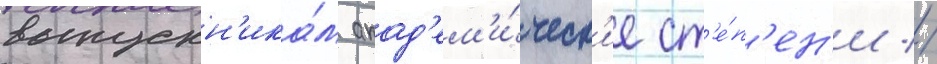
выпускн'ика́м акад'ем'и́ческ'ие ст'е́п'ен'и //